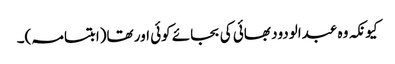
کیونکہ وہ عبدالودود بھائی کی بجائے کوئی اور تھا(ابتسامہ)۔